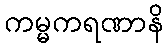
ကမ္မကရဏာနိ